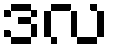
ဒလ